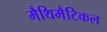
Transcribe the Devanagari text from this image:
मैथिमैटिकल